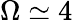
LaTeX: \Omega\simeq 4